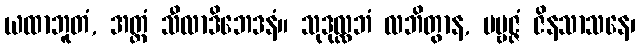
ယထာဘူတံ, အတ္ထံ သီလာဒိဘေဒနံ။ သုဒုလ္လဘံ လဘိတွာန, ပဗ္ဗဇ္ဇံ ဇိနသာသနေ၊